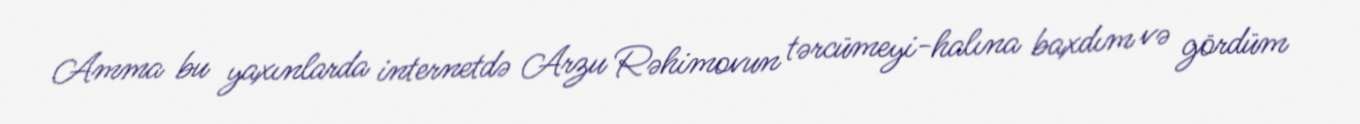
Amma bu yaxınlarda internetdə Arzu Rəhimovun tərcümeyi-halına baxdım və gördüm